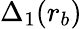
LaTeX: \Delta_{1}(r_{b})